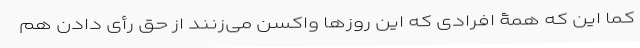
کما این که همۀ افرادی که این روزها واکسن می‌زنند از حق رأی دادن هم